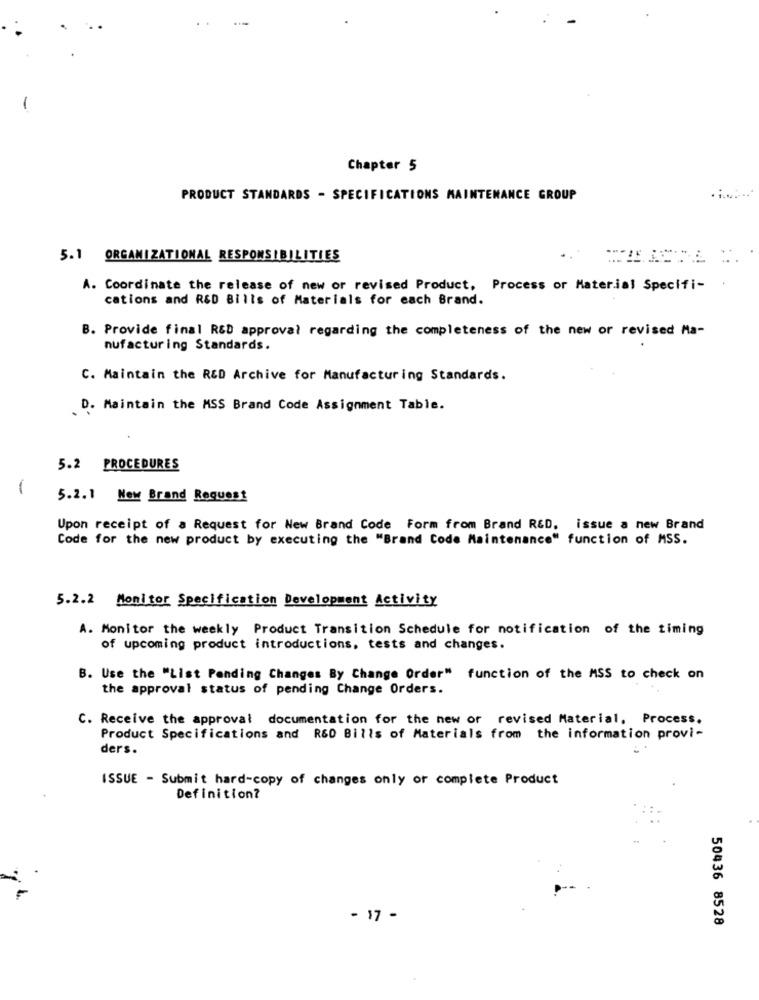
Chapter 5
PRODUCT STANDARDS - SPECIFICATIONS MAINTENANCE GROUP
5.1 ORGANIZATIONAL RESPONSIBILITIES
A. Coordinate the release of new or revised Product, Process or Material Specifi-
cations and R&D Bills of Materials for each Brand.
B. Provide final R&D approval regarding the completeness of the new or revised Ma-
nufacturing Standards.
C. Maintain the RED Archive for Manufacturing Standards.
D. Maintain the MSS Brand Code Assignment Table.
5.2 PROCEDURES
1
5.2.1 New Brand Request
Upon receipt of a Request for New Brand Code Form from Brand RED. issue a new Brand
Code for the new product by executing the "Brand Code Maintenance" function of MSS.
5.2.2 Monitor Specification Development Activity
A. Monitor the weekly Product Transition Schedule for notification of the timing
of upcoming product introductions, tests and changes.
B. Use the "List Pending Changes By Change Order" function of the MSS to check on
the approval status of pending Change Orders.
C. Receive the approval documentation for the new or revised Material, Process.
Product Specifications and R60 Bills of Materials from the information provi-
ders.
ISSUE - Submit hard-copy of changes only or complete Product
Definition?
- 17 -
50436 8528